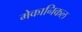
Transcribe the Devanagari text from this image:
मेकानिकल